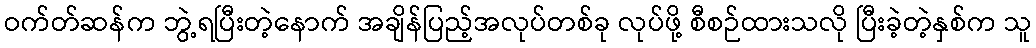
ဝက်တ်ဆန်က ဘွဲ့ရပြီးတဲ့နောက် အချိန်ပြည့်အလုပ်တစ်ခု လုပ်ဖို့ စီစဉ်ထားသလို ပြီးခဲ့တဲ့နှစ်က သူ